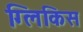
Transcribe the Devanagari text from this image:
ग्लिकिस